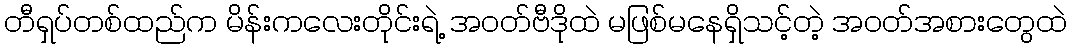
တီရှပ်တစ်ထည်က မိန်းကလေးတိုင်းရဲ့ အဝတ်ဗီဒိုထဲ မဖြစ်မနေရှိသင့်တဲ့ အဝတ်အစားတွေထဲ